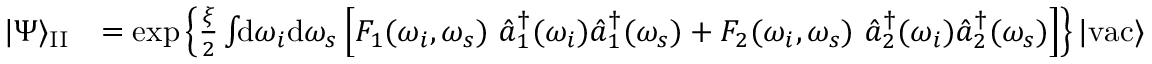
\begin{array} { r l } { | \Psi \rangle _ { \mathrm { I I } } } & { = \exp \left\{ \frac { \xi } { 2 } \int \! \! \mathrm { d } \omega _ { i } \mathrm { d } \omega _ { s } \left[ F _ { 1 } ( \omega _ { i } , \omega _ { s } ) \, \, \hat { a } _ { 1 } ^ { \dagger } ( \omega _ { i } ) \hat { a } _ { 1 } ^ { \dagger } ( \omega _ { s } ) + F _ { 2 } ( \omega _ { i } , \omega _ { s } ) \, \, \hat { a } _ { 2 } ^ { \dagger } ( \omega _ { i } ) \hat { a } _ { 2 } ^ { \dagger } ( \omega _ { s } ) \right] \right\} | \mathrm { v a c } \rangle } \end{array}